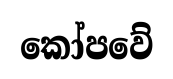
කෝපවේ